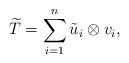
\begin{align*}\widetilde{T}=\sum_{i=1}^n \tilde{u}_i \otimes v_i,\end{align*}